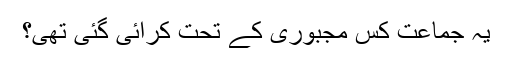
یہ جماعت کس مجبوری کے تحت کرائی گئی تھی؟